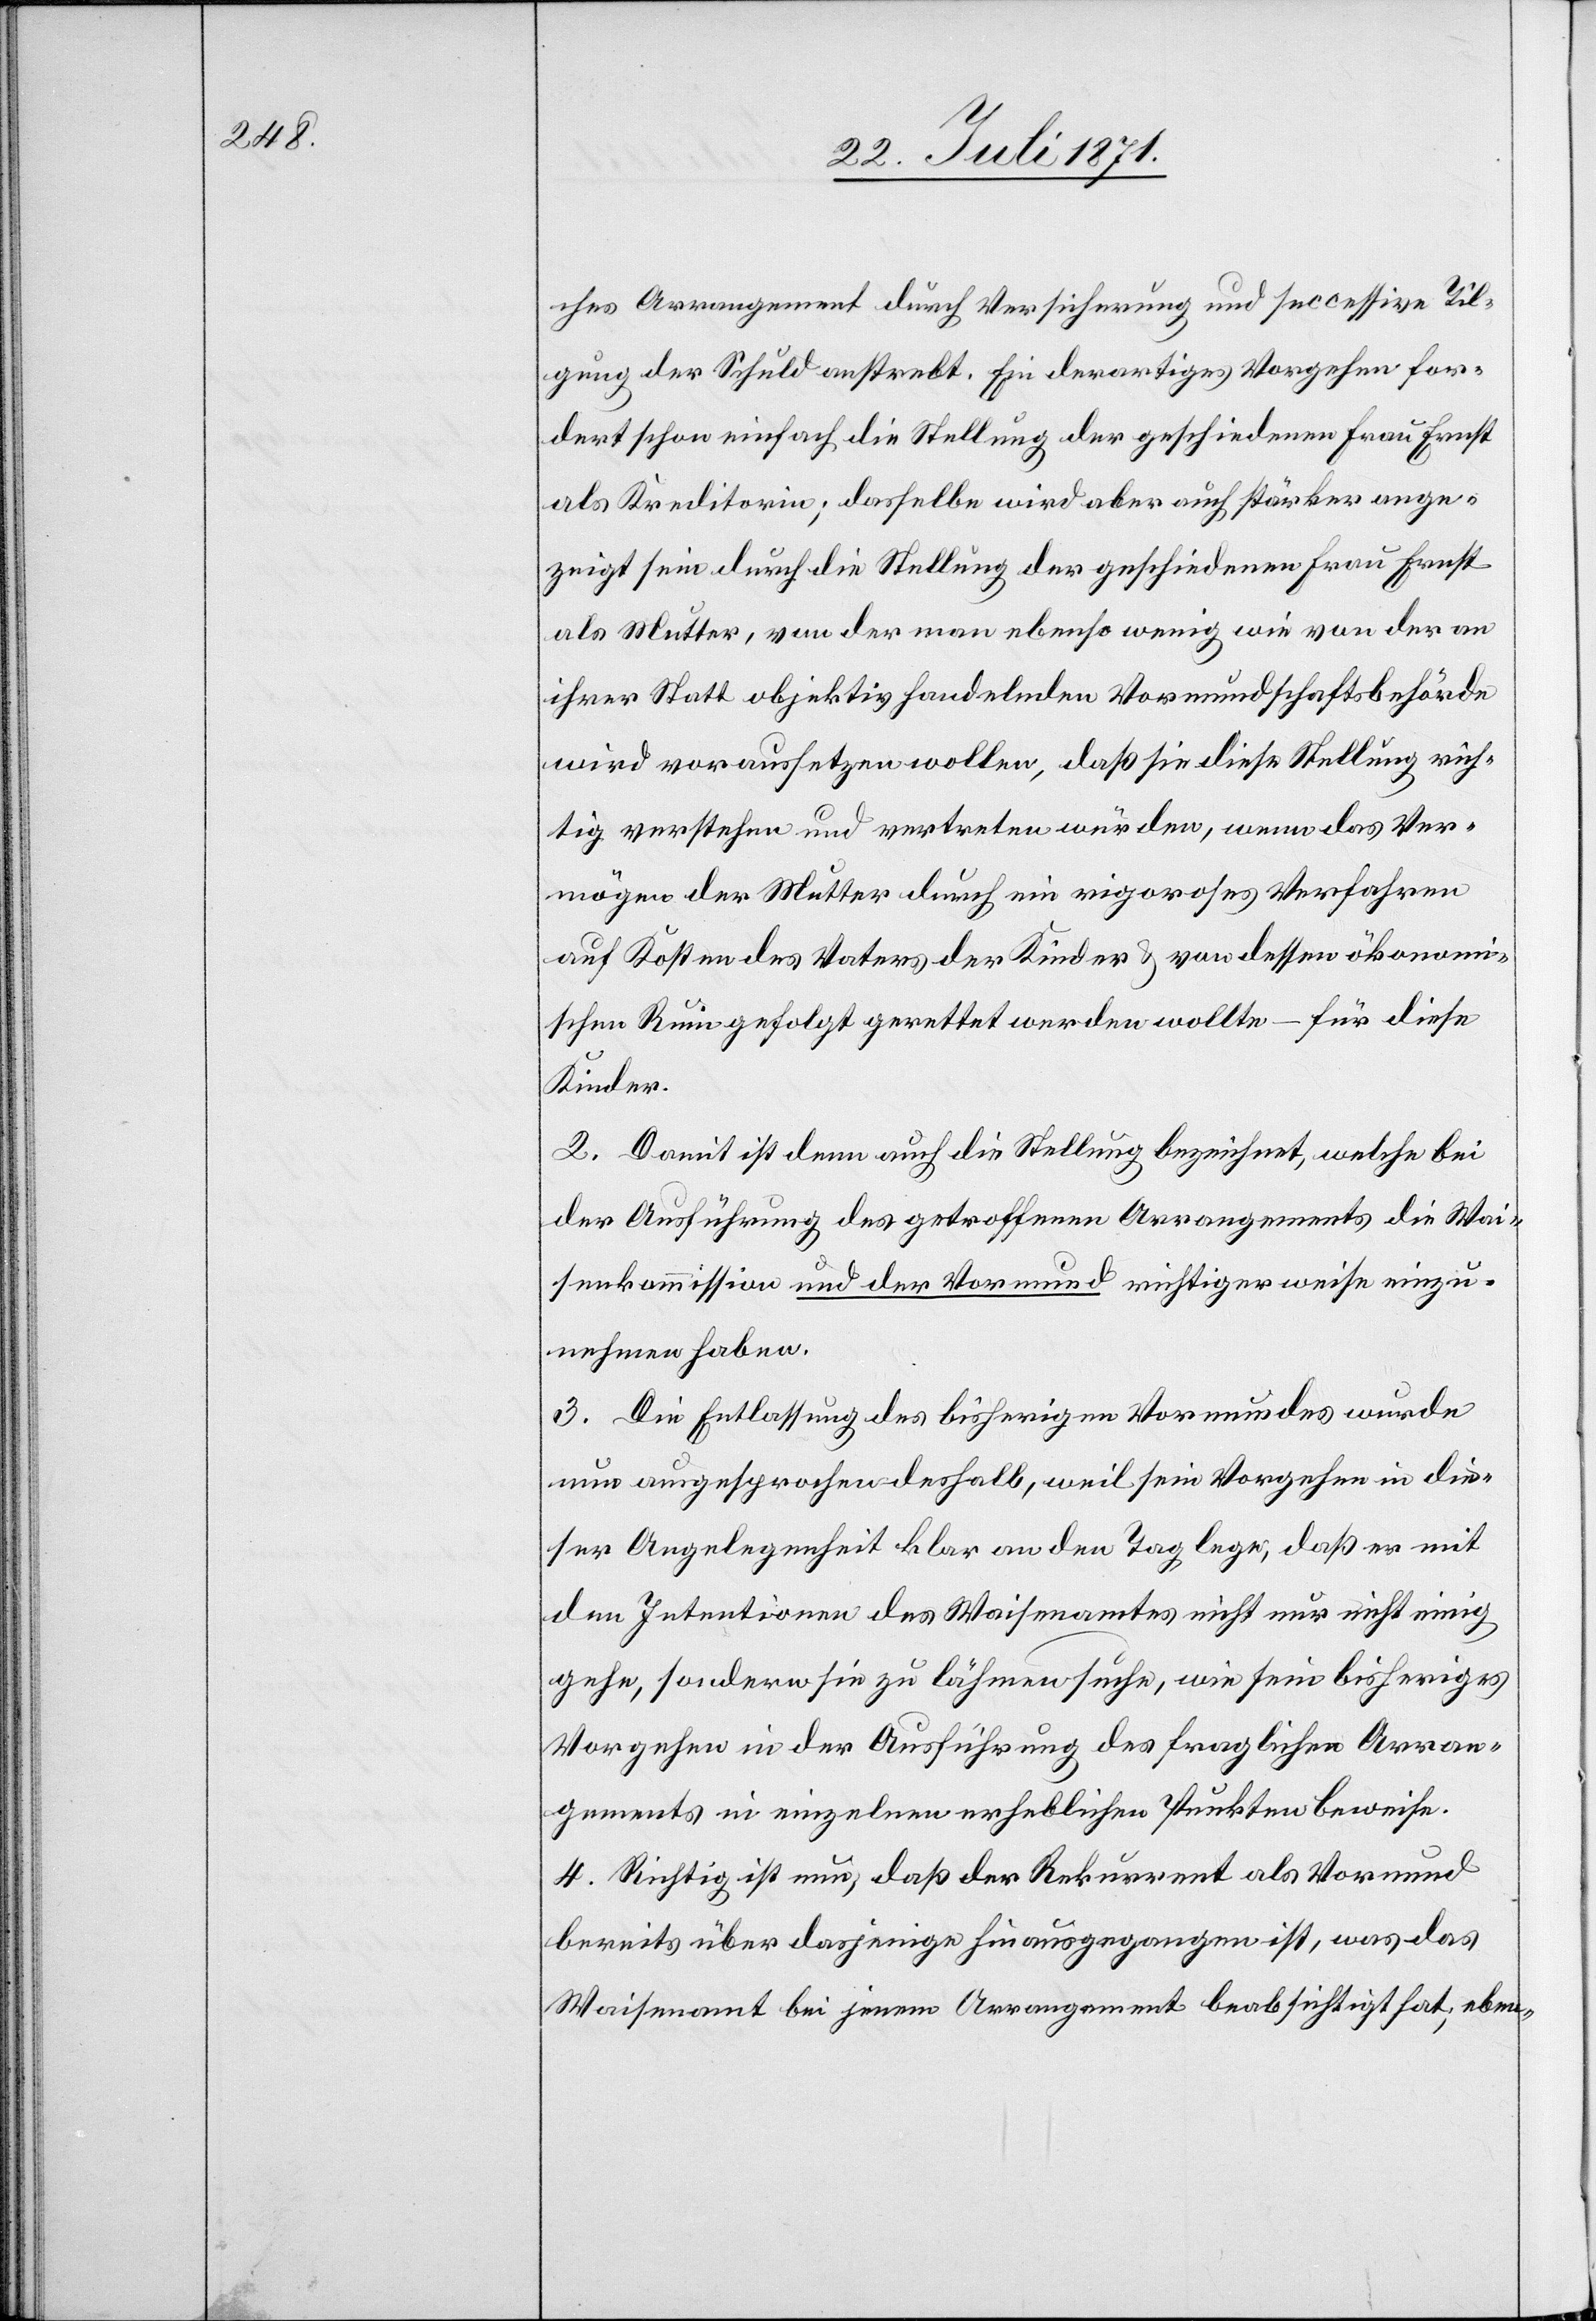
ches Arrangement durch Versicherung und successive Til¬
gung der Schuld anstrebt. Ein derartiges Vorgehen for¬
dert schon einfach die Stellung der geschiedenen Frau Ernst
als Kreditorin; dasselbe wird aber auch stärker ange¬
zeigt sein durch die Stellung der geschiedenen Frau Ernst
als Mutter, von der man ebenso wenig wie von der an
ihrer Statt objektiv handelnden Vormundschaftsbehörde
wird voraussetzen wollen, daß sie diese Stellung rich¬
tig verstehen und vertreten würden, wenn das Ver¬
mögen der Mutter durch ein rigoroses Verfahren
auf Kosten des Vaters der Kinder u. von dessen ökonomi¬
schen Ruin gefolgt gerettet werden wollte – für diese
Kinder.
2. Damit ist denn auch die Stellung bezeichnet, welche bei
der Ausführung des getroffenen Arrangements die Wai¬
senkommission und der Vormund richtigerweise einzu¬
nehmen haben.
3. Die Entlassung des bisherigen Vormundes wurde
nun ausgesprochen deshalb, weil sein Vorgehen in die¬
ser Angelegenheit klar an den Tag lege, daß er mit
den Intentionen des Waisenamtes nicht nur nicht einig
gehe, sondern sie zu lähmen suche, wie sein bisheriges
Vorgehen in der Ausführung des fraglichen Arran¬
gements in einzelnen erheblichen Punkten beweise.
4. Richtig ist nur, daß der Rekurrent als Vormund
bereits über dasjenige hinausgegangen ist, was das
Waisenamt bei jenem Arrangement beabsichtigt hab, eben-